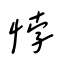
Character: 悖